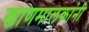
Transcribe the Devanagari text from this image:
खाणमालकांनी